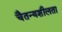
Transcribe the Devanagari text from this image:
चैतन्यशीलता